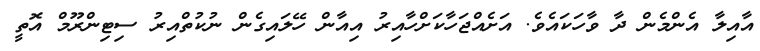
އާއިލާ އެންމެން ދާ ވާހަކައެވެ. އަށެއްޖަހާކަށްހާއިރު އިއާން ހޭލައިގެން ނުކުތްއިރު ސިޓިންރޫމް އޮތީ